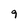
Character: 9